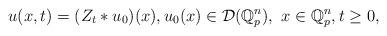
LaTeX: \begin{align*}u(x,t)=(Z_{t}\ast u_{0})(x),u_{0}(x)\in \mathcal{D}(\mathbb{Q}_{p}^{n}),\ x\in \mathbb{Q}_{p}^{n},t\geq 0, \end{align*}